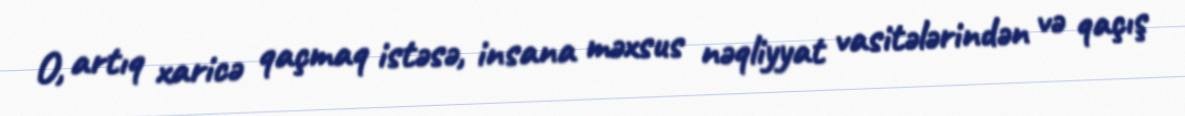
O, artıq xaricə qaçmaq istəsə, insana məxsus nəqliyyat vasitələrindən və qaçış